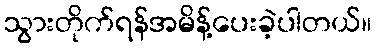
သွားတိုက်ရန်အမိန့်ပေးခဲ့ပါတယ်။